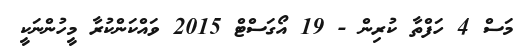
މަސް 4 ހަފްތާ ކުރިން - 19 އޯގަސްޓް 2015 ވައްކަންކުރާ މީހުންނަކީ